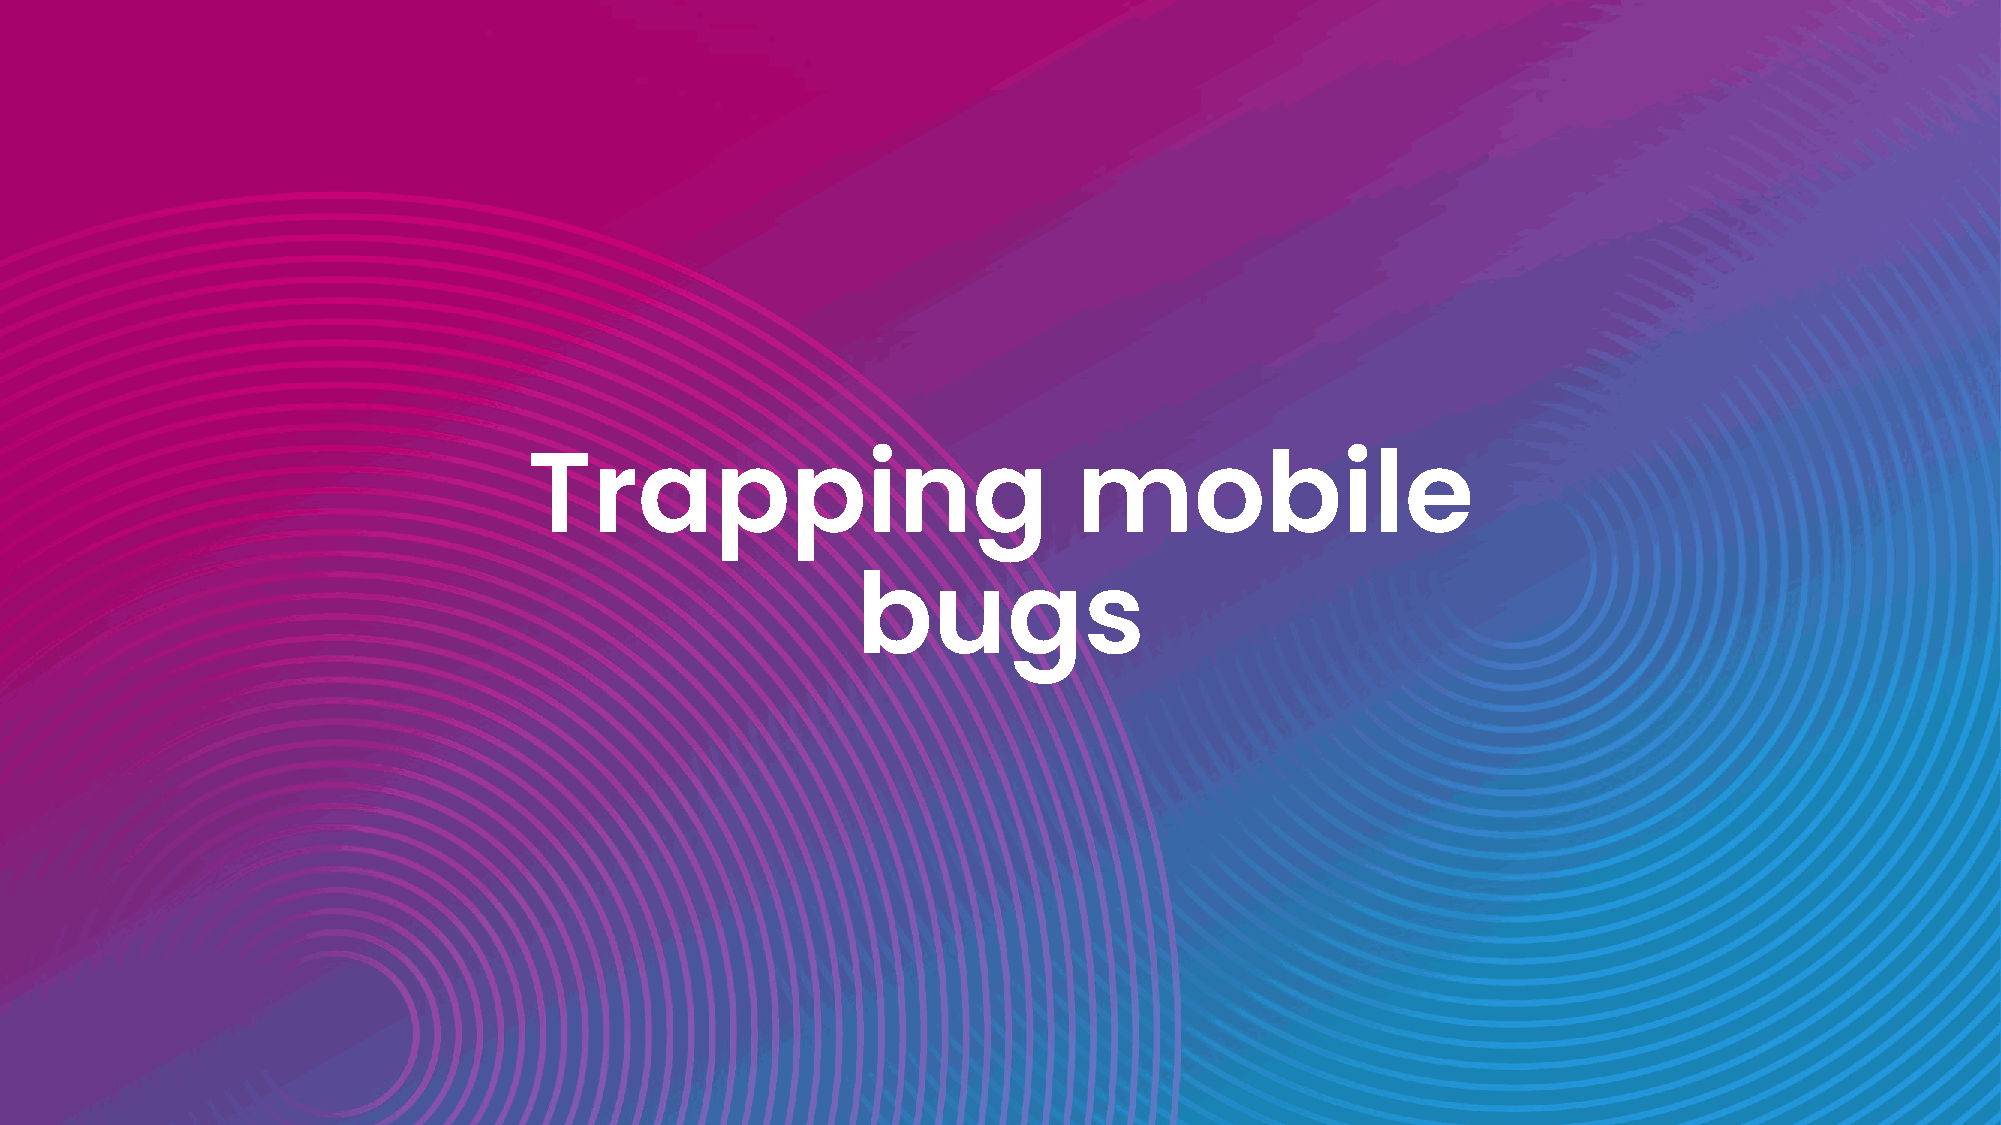
Trapping                            mobile
 bugs